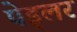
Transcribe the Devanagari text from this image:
पेड्लर